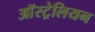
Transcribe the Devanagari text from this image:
आॅस्ट्रेलियन